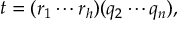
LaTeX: t = ( r _ { 1 } \cdots r _ { h } ) ( q _ { 2 } \cdots q _ { n } ) ,